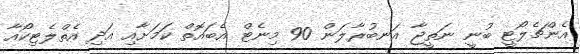
އެންޗެލޯޓީ ބުނީ ނަތީޖާ އަނބުރާލަން 90 މިނެޓް އެބައޮތް ކަމަށާއި އަދި އެތްލެޓިކޯއާ